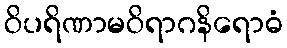
ဝိပရိဏာမဝိရာဂနိရောဓံ